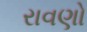
રાવણો